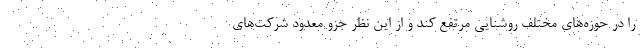
را در حوزه‌های مختلف روشنایی مرتفع کند و از این نظر جزو معدود شرکت‌های